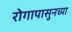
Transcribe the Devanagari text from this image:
रोगापासुनच्या